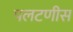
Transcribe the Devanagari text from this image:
पलटणीस